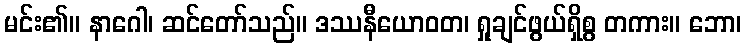
မင်း၏။ နာဂေါ၊ ဆင်တော်သည်။ ဒဿနီယောဝတ၊ ရှုချင်ဖွယ်ရှိစွ တကား။ ဘော၊